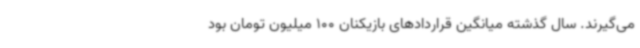
می‌گیرند. سال گذشته میانگین قراردادهای بازیکنان 100 میلیون تومان بود